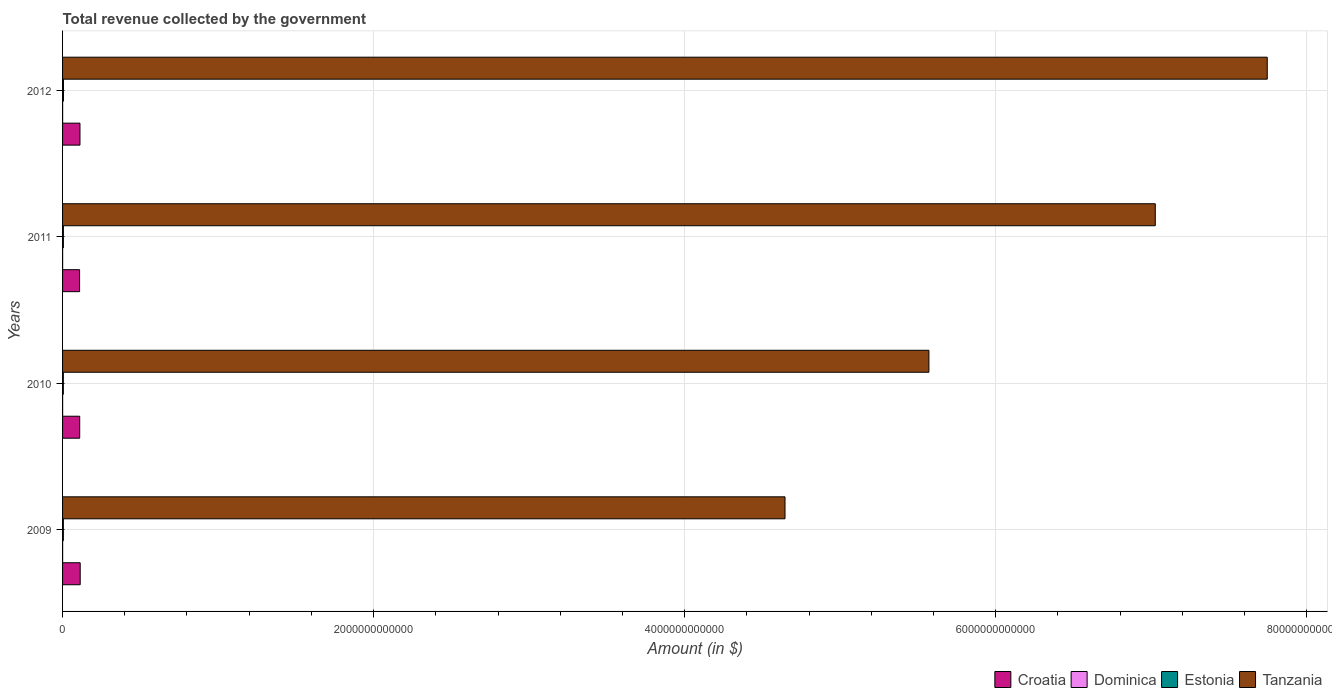
| Years | Croatia | Dominica | Estonia | Tanzania |
 | --- | --- | --- | --- | --- |
 | 2009 | 1.13e+11 | 3.5e+08 | 5.06e+09 | 4.65e+12 |
 | 2010 | 1.1e+11 | 3.52e+08 | 4.96e+09 | 5.57e+12 |
 | 2011 | 1.1e+11 | 3.57e+08 | 5.31e+09 | 7.03e+12 |
 | 2012 | 1.12e+11 | 3.49e+08 | 5.8e+09 | 7.75e+12 |